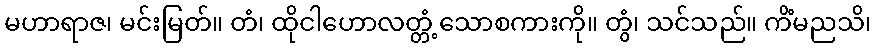
မဟာရာဇ၊ မင်းမြတ်။ တံ၊ ထိုငါဟောလတ္တံ့သောစကားကို။ တွံ၊ သင်သည်။ ကိံမညသိ၊